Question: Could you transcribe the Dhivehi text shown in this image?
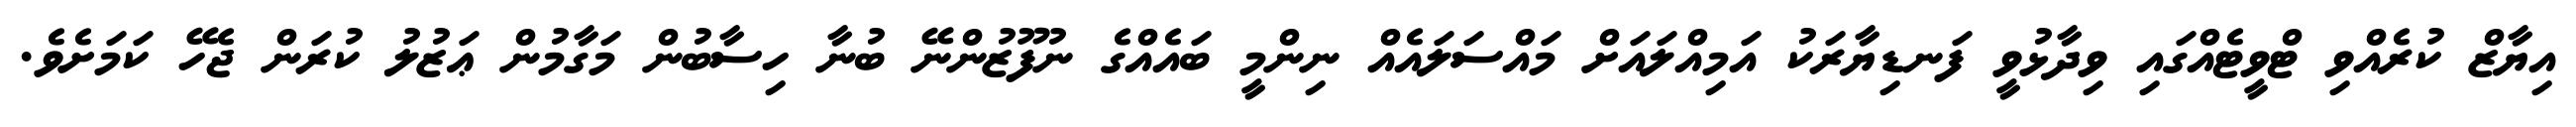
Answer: އިޔާޒް ކުރެއްވި ޓްވީޓެއްގައި ވިދާޅުވީ ފަނޑިޔާރަކު އަމިއްލައަށް މައްސަލައެއް ނިންމީ ބައެއްގެ ނުފޫޒުންނޭ ބުނާ ހިސާބުން މަގާމުން ޢަޒުލު ކުރަން ޖެހޭ ކަމަށެވެ.